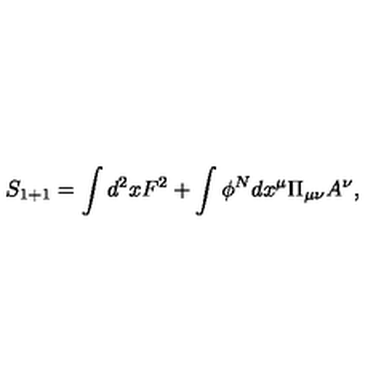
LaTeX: S _ { 1 + 1 } = \int d ^ { 2 } x F ^ { 2 } + \int \phi ^ { N } d x ^ { \mu } \Pi _ { \mu \nu } A ^ { \nu } ,